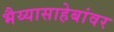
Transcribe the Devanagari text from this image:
भैय्यासाहेबांवर